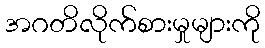
အဂတိလိုက်စားမှုများကို